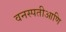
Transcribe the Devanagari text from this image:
वनस्पतीआणि